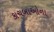
કાચબાઓના